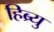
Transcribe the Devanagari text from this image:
हिब्र्यु